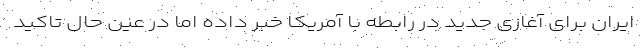
ایران برای آغازی جدید در رابطه با آمریکا خبر داده اما در عین حال تاکید